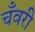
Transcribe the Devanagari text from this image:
चँवरी